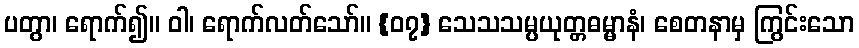
ပတွာ၊ ရောက်၍။ ဝါ၊ ရောက်လတ်သော်။ {၀၇} သေသသမ္ပယုတ္တဓမ္မာနံ၊ စေတနာမှ ကြွင်းသော